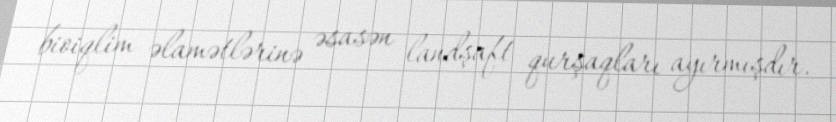
bioiqlim əlamətlərinə əsasən landşaft qurşaqları ayırmışdır.